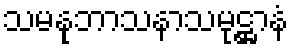
သမနုဘာသနာသမုဋ္ဌာနံ